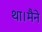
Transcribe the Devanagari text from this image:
था।मैने